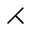
\rightthreetimes